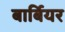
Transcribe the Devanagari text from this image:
बार्बियर